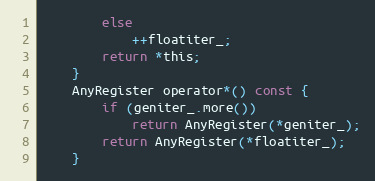
Language: C
        else
            ++floatiter_;
        return *this;
    }
    AnyRegister operator*() const {
        if (geniter_.more())
            return AnyRegister(*geniter_);
        return AnyRegister(*floatiter_);
    }